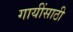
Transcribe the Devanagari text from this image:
गायींसाठी